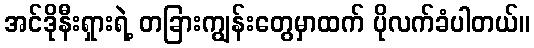
အင်ဒိုနီးရှားရဲ့ တခြားကျွန်းတွေမှာထက် ပိုလက်ခံပါတယ်။